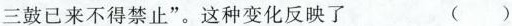
三鼓已来不得禁止”。这种变化反映了 ()